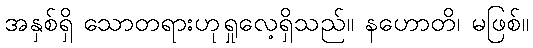
အနှစ်ရှိ သောတရားဟုရှုလေ့ရှိသည်။ နဟောတိ၊ မဖြစ်။